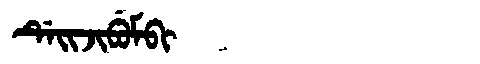
Manchu: ᡩᡝᡳᠵᡳᠪᡠᠮᠪᡳ
Romanization: DEIJIBUMBI